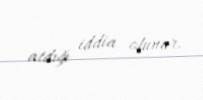
atdığı iddia olunur.